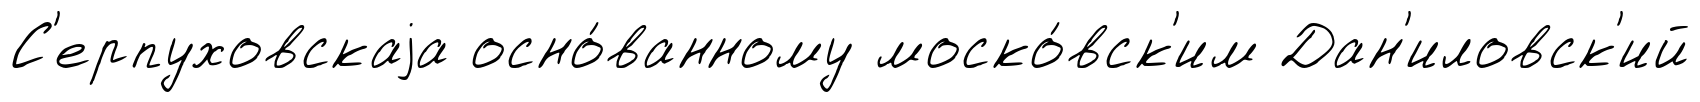
С'ерпуховскаjа осно́ванному моско́вск'им Дан'иловск'ий